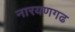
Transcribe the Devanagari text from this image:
नारयणगढ